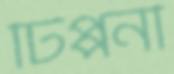
টিপ্পনী